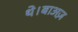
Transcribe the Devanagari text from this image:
थे।बाअज़